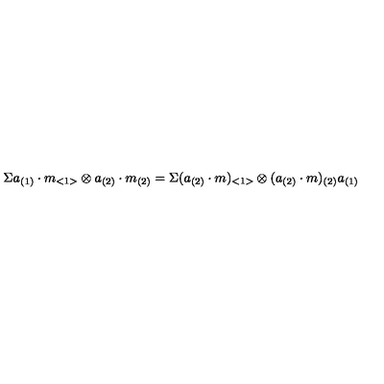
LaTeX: \Sigma a _ { ( 1 ) } \cdot m _ { < 1 > } \otimes a _ { ( 2 ) } \cdot m _ { ( 2 ) } = \Sigma ( a _ { ( 2 ) } \cdot m ) _ { < 1 > } \otimes ( a _ { ( 2 ) } \cdot m ) _ { ( 2 ) } a _ { ( 1 ) }